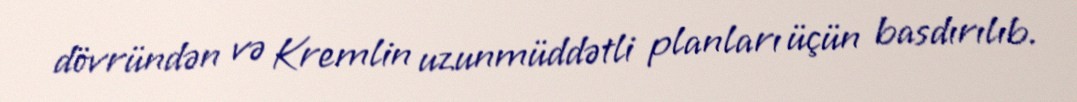
dövründən və Kremlin uzunmüddətli planları üçün basdırılıb.